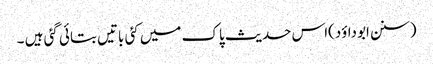
(سنن ابوداؤد)اس حدیث پاک میں کئی باتیں بتائی گئی ہیں ۔